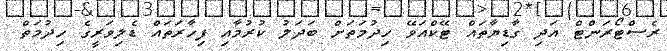
ރެސްޓޯރަންޓް އަދި ގާޑިޔާތައް ޓޭކްއަވޭ ހިދުމަތަށް ބަދަލު ކުރުމާއި ފިހާރަތައް ޑެލިވަރީގެ ހިދުމަތް